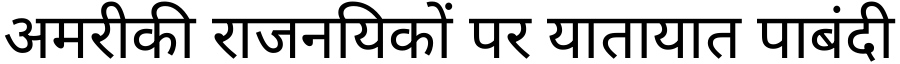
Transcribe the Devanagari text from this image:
अमरीकी राजनयिकों पर यातायात पाबंदी